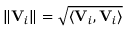
\| { \bf V } _ { i } \| = \sqrt { \langle { \bf V } _ { i } , { \bf V } _ { i } \rangle }